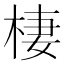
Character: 棲